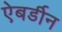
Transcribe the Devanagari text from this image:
ऐबर्डीन